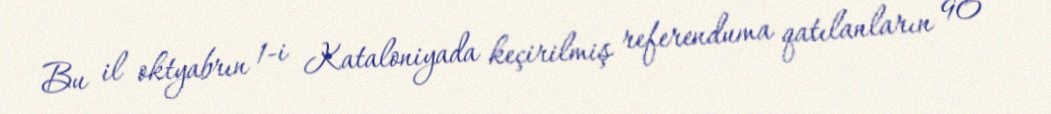
Bu il oktyabrın 1-i Kataloniyada keçirilmiş referenduma qatılanların 90